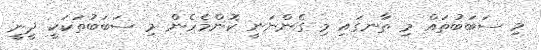
މި ސަބަބުތައް މި ތާނގައި މި ގެންނަނީ ކޮންމެހެން މި ސަބަބުތަކަކީ ދީނީ